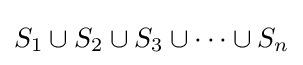
S_{1}\cup S_{2}\cup S_{3}\cup \dots \cup S_{n}